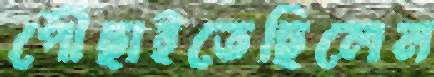
পৌঁছাইতেছিলেন